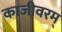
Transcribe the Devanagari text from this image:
काजीवरम्